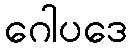
ဂေါပဒေ